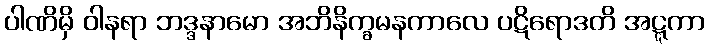
ပါဏိမှိ ဝါနရာ ဘဒ္ဒနာမော အဘိနိက္ခမနကာလေ ပဋိရောဒတိ အဋ္ဋကာ